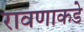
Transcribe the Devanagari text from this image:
रावणाकडे